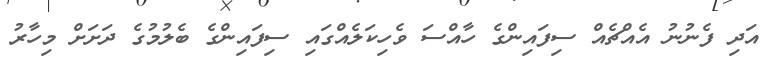
އަދި ފެނުނު އެއްޗެއް ސިފައިންގެ ހާއްސަ ވެހިކަލެއްގައި ސިފައިންގެ ބެލުމުގެ ދަށަށް މިހާރު